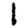
Digit: 1